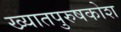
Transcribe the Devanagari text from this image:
ख्यातपुरुषकोश